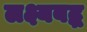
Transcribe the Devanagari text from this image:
लक्ष्यबद्ध